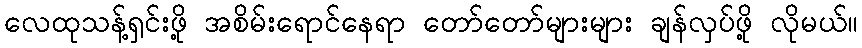
လေထုသန့်ရှင်းဖို့ အစိမ်းရောင်နေရာ တော်တော်များများ ချန်လှပ်ဖို့ လိုမယ်။